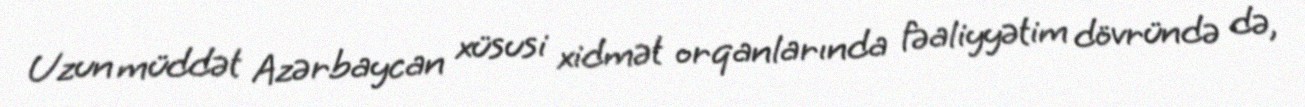
Uzun müddət Azərbaycan xüsusi xidmət orqanlarında fəaliyyətim dövründə də,